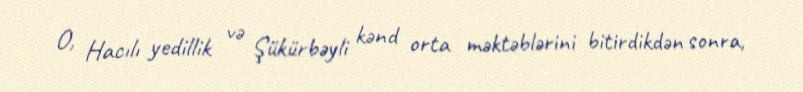
O, Hacılı yedillik və Şükürbəyli kənd orta məktəblərini bitirdikdən sonra,